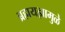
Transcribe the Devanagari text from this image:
ब्रह्मयज्ञामुळे